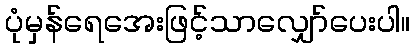
ပုံမှန်ရေအေးဖြင့်သာလျှော်ပေးပါ။